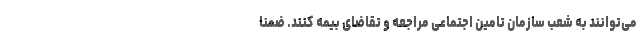
می‌توانند به شعب سازمان تامین اجتماعی مراجعه و تقاضای بیمه کنند. ضمنا